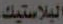
البلاستيك